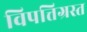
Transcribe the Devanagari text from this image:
विपत्तिग्रस्त